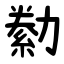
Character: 勬